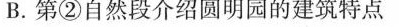
B.第②自然段介绍圆明园的建筑特点